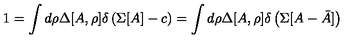
1 = \int d \rho \Delta [ A , \rho ] \delta \left( \Sigma [ A ] - c \right) = \int d \rho \Delta [ A , \rho ] \delta \left( \Sigma [ A - \bar { A } ] \right)